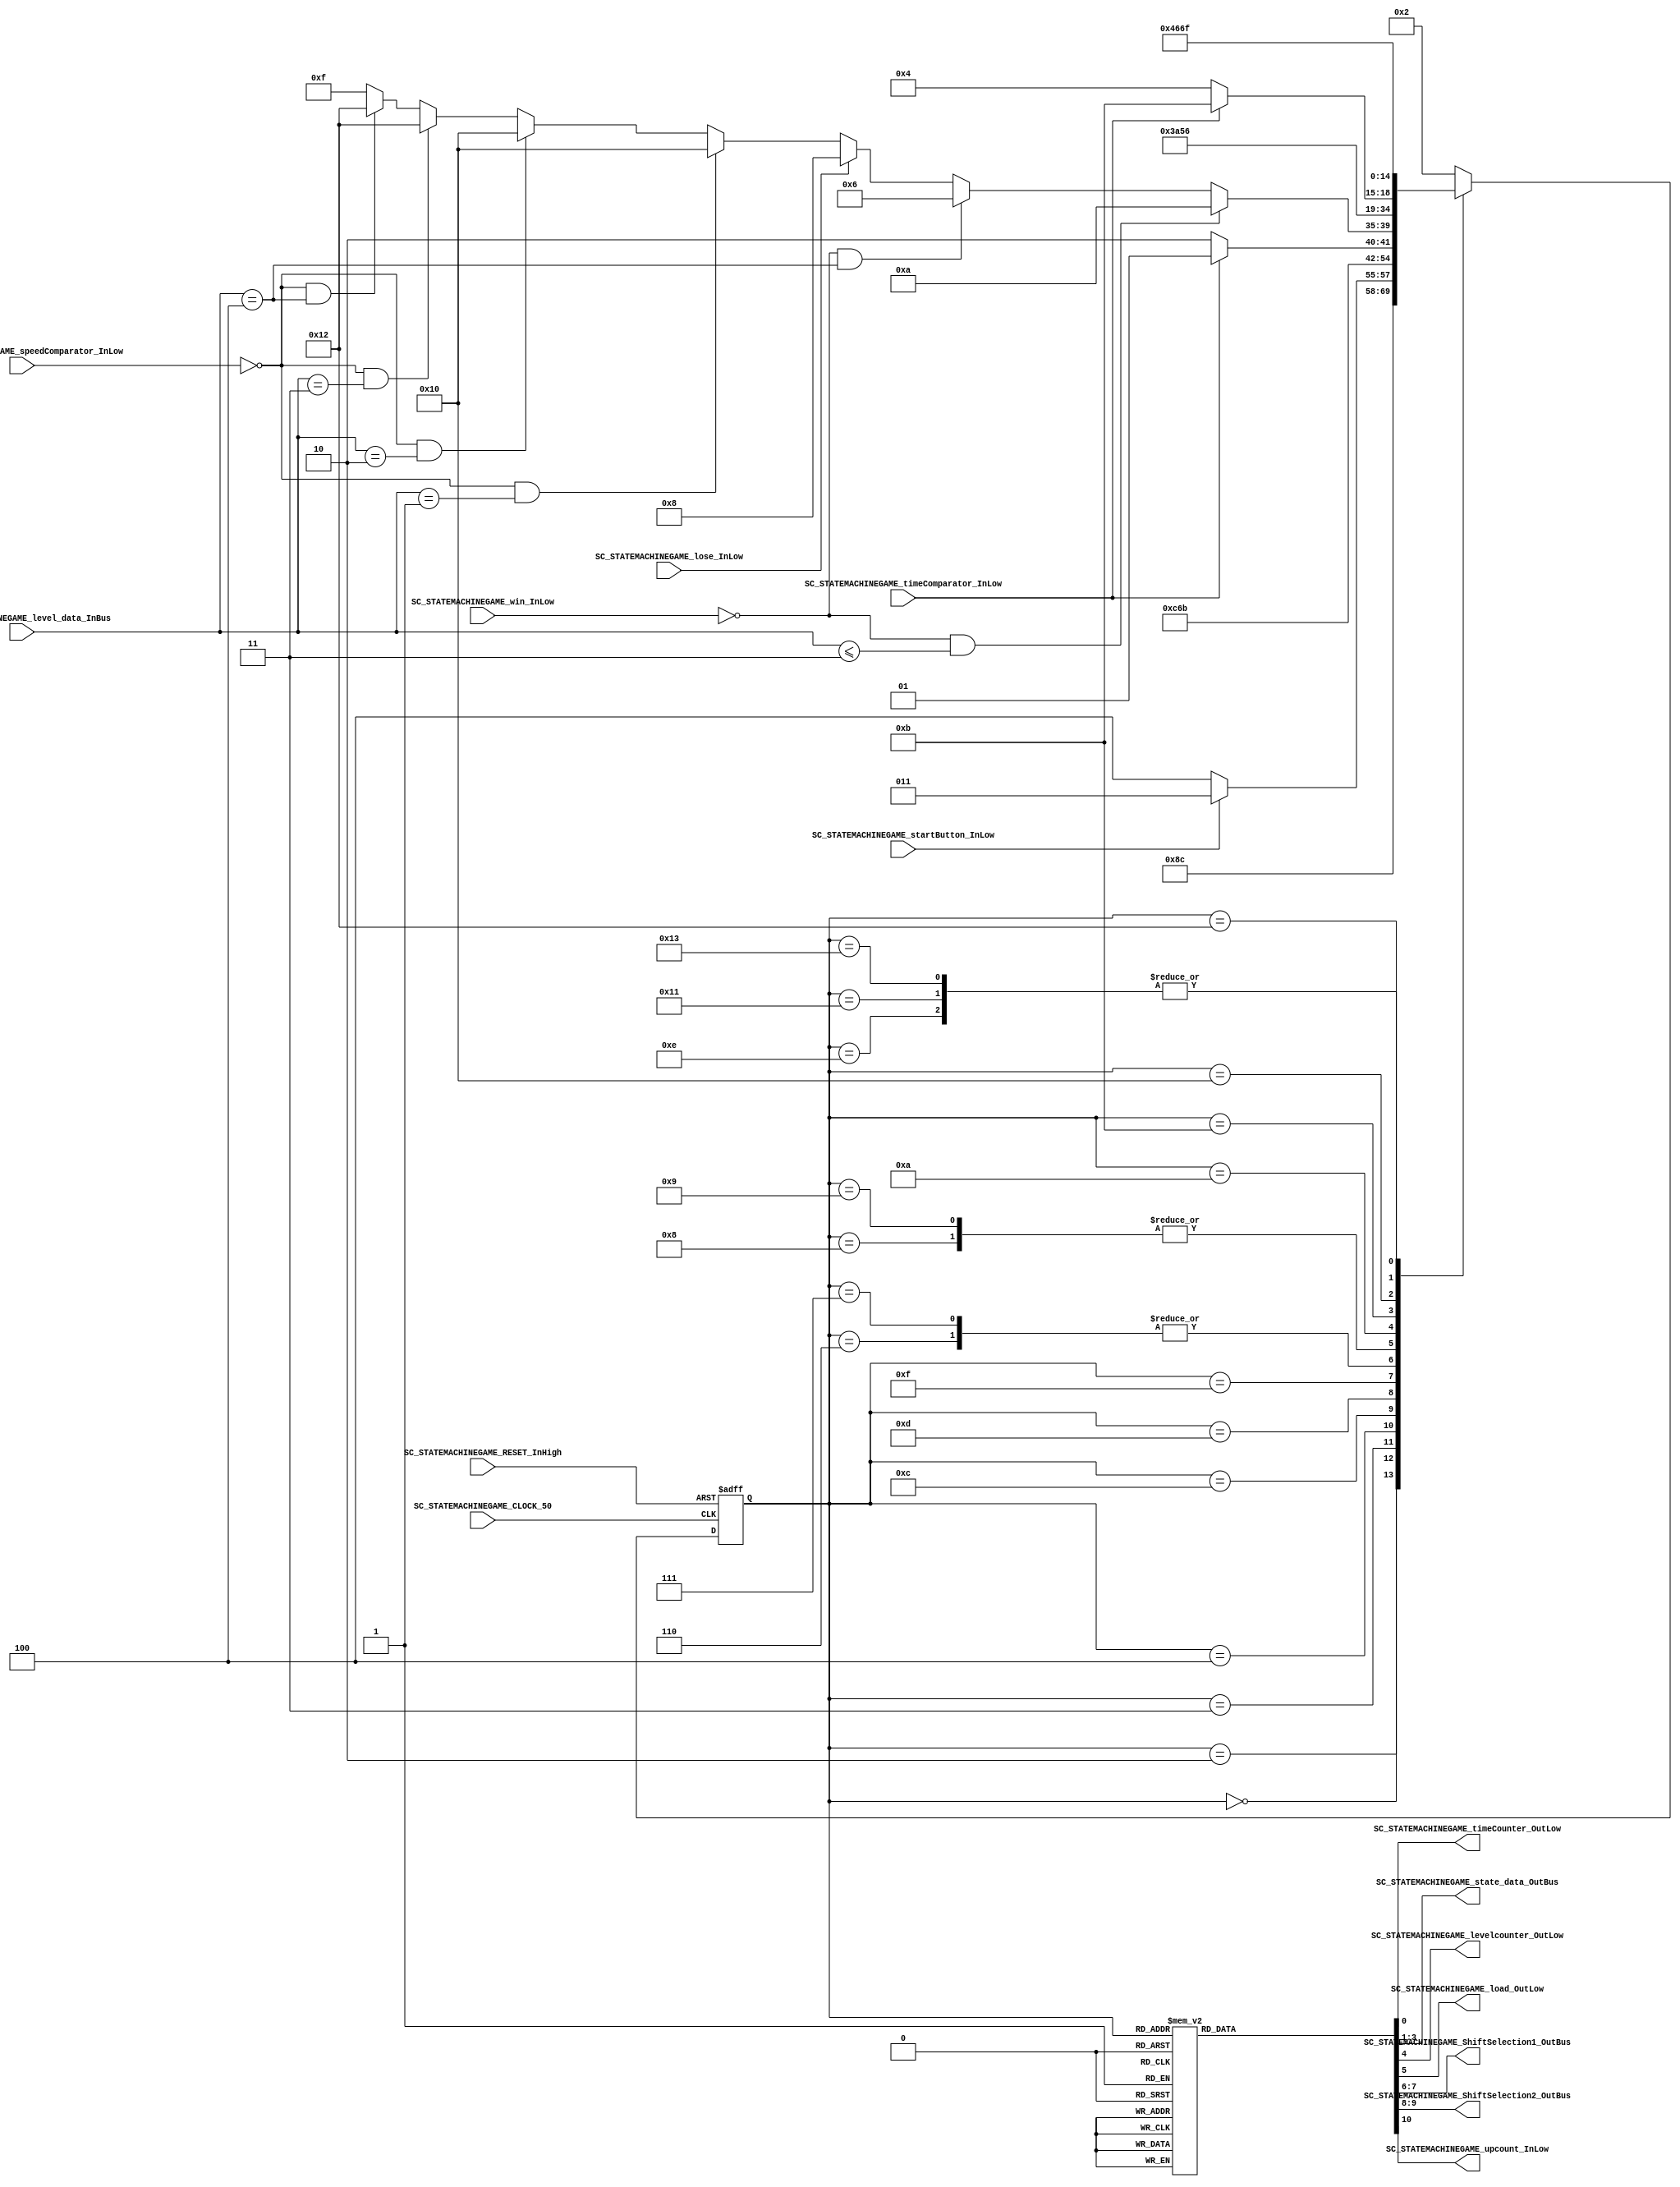
///*######################################################################
//#	G0B1T: HDL EXAMPLES. 2018.
//######################################################################
//# Copyright (C) 2018. F.E.Segura-Quijano (FES) fsegura@uniandes.edu.co
//# 
//# This program is free software: you can redistribute it and/or modify
//# it under the terms of the GNU General Public License as published by
//# the Free Software Foundation, version 3 of the License.
//#
//# This program is distributed in the hope that it will be useful,
//# but WITHOUT ANY WARRANTY; without even the implied warranty of
//# MERCHANTABILITY or FITNESS FOR A PARTICULAR PURPOSE.  See the
//# GNU General Public License for more details.
//#
//# You should have received a copy of the GNU General Public License
//# along with this program.  If not, see <http://www.gnu.org/licenses/>
//####################################################################*/
//=======================================================
//  MODULE Definition
//=======================================================
module SC_STATEMACHINEGAME (
////////////////// OUTPUTS //////////
		//TiempoDeImagenesEnpantalla
		SC_STATEMACHINEGAME_timeCounter_OutLow,
		//EstadoActual y Nivel
		SC_STATEMACHINEGAME_state_data_OutBus,
		SC_STATEMACHINEGAME_levelcounter_OutLow,
		//Hacer movimiento de los carros - There are two shifters one for left motion and other one for right motion
		SC_STATEMACHINEGAME_load_OutLow,
		SC_STATEMACHINEGAME_ShiftSelection1_OutBus,
		SC_STATEMACHINEGAME_ShiftSelection2_OutBus,
		//TiempoVelocidadCarros
		SC_STATEMACHINEGAME_upcount_InLow,
/////////////////// INPUTS //////////
		SC_STATEMACHINEGAME_CLOCK_50,
		SC_STATEMACHINEGAME_RESET_InHigh,
		//tiempo-figuras
		SC_STATEMACHINEGAME_timeComparator_InLow,
		//start para que quede fixed in the frogg-face
		SC_STATEMACHINEGAME_startButton_InLow,
		//Colisiones y verificar si lleno casas
		SC_STATEMACHINEGAME_win_InLow,
		SC_STATEMACHINEGAME_lose_InLow,
		//Niveles para establecer las figuras que debe cargar
		SC_STATEMACHINEGAME_level_data_InBus,
		//Shifter automtico - Cars Motion
		SC_STATEMACHINEGAME_speedComparator_InLow
);	
//=======================================================
//  PARAMETER declarations
//=======================================================
//Parameters
parameter DATAWIDTH_STATE_BUS = 3;
parameter DATAWIDTH_LEVEL_BUS = 3;
parameter DATAWIDTH_SHIFT = 2;

// states declaration
localparam STATE_RESET_0									= 0;
localparam STATE_START_0									= 1;
localparam STATE_CHECK_0									= 2;
localparam STATE_CHECK_1									= 3;
localparam STATE_INIT_0										= 4;
localparam STATE_INIT_1										= 5;
localparam STATE_WIN_0										= 6;
localparam STATE_WIN_1										= 7;
localparam STATE_LOSE_0										= 8;
localparam STATE_LOSE_1										= 9;
localparam STATE_PASS_0										= 10;
localparam STATE_PASS_1										= 11;
localparam STATE_NUMBER_0     	                  = 12;
localparam STATE_NUMBER_1                          = 13;
localparam STATE_PLAYING_0									= 14;
localparam STATE_PLAYING_1									= 15;
localparam STATE_SHIFTER_0									= 16;
localparam STATE_SHIFTER_1									= 17;
localparam STATE_DOUBLESHIFTER_0							= 18;
localparam STATE_DOUBLESHIFTER_1							= 19;


//=======================================================
//  PORT declarations
//=======================================================
output reg		SC_STATEMACHINEGAME_timeCounter_OutLow;
output reg		[DATAWIDTH_STATE_BUS-1:0]SC_STATEMACHINEGAME_state_data_OutBus;
output reg		SC_STATEMACHINEGAME_levelcounter_OutLow;
output reg		SC_STATEMACHINEGAME_load_OutLow;
output reg		[DATAWIDTH_SHIFT-1:0]SC_STATEMACHINEGAME_ShiftSelection1_OutBus;
output reg		[DATAWIDTH_SHIFT-1:0]SC_STATEMACHINEGAME_ShiftSelection2_OutBus;
output reg 		SC_STATEMACHINEGAME_upcount_InLow;
input				SC_STATEMACHINEGAME_startButton_InLow;
input				SC_STATEMACHINEGAME_CLOCK_50;
input 			SC_STATEMACHINEGAME_timeComparator_InLow;
input 			SC_STATEMACHINEGAME_RESET_InHigh;
input				SC_STATEMACHINEGAME_win_InLow;
input				SC_STATEMACHINEGAME_lose_InLow;
input 			[DATAWIDTH_LEVEL_BUS-1:0] SC_STATEMACHINEGAME_level_data_InBus;
input				SC_STATEMACHINEGAME_speedComparator_InLow;
//=======================================================
//  REG/WIRE declarations
//=======================================================
reg [4:0] STATE_Register;
reg [4:0] STATE_Signal;
//=======================================================
//  Structural coding
//=======================================================
//INPUT LOGIC: COMBINATIONAL
// NEXT STATE LOGIC : COMBINATIONAL
always @(*)
begin
	case (STATE_Register)
	
		STATE_RESET_0: STATE_Signal = STATE_START_0;
		STATE_START_0: STATE_Signal = STATE_CHECK_0;							
		STATE_CHECK_0: STATE_Signal = STATE_CHECK_1;
		STATE_CHECK_1: if (SC_STATEMACHINEGAME_startButton_InLow == 1'b0) STATE_Signal = STATE_INIT_0;
							else STATE_Signal = STATE_CHECK_1;
		STATE_INIT_0:	STATE_Signal = STATE_NUMBER_0;
		STATE_NUMBER_0: STATE_Signal = STATE_NUMBER_1;
		STATE_NUMBER_1: if(SC_STATEMACHINEGAME_timeComparator_InLow == 1'b0) STATE_Signal = STATE_PLAYING_0;
							 else STATE_Signal = STATE_NUMBER_1;
		STATE_PLAYING_0: STATE_Signal = STATE_PLAYING_1;
		STATE_PLAYING_1: if(SC_STATEMACHINEGAME_win_InLow == 1'b0 && SC_STATEMACHINEGAME_level_data_InBus <= 3'b011) STATE_Signal = STATE_PASS_0;
							  else if(SC_STATEMACHINEGAME_win_InLow == 1'b0 && SC_STATEMACHINEGAME_level_data_InBus == 3'b100) STATE_Signal = STATE_WIN_0;
							  else if(SC_STATEMACHINEGAME_lose_InLow == 1'b1) STATE_Signal = STATE_LOSE_0;
							  else if(SC_STATEMACHINEGAME_speedComparator_InLow == 1'b0 && SC_STATEMACHINEGAME_level_data_InBus == 3'b001) STATE_Signal = STATE_SHIFTER_0;
							  else if(SC_STATEMACHINEGAME_speedComparator_InLow == 1'b0 && SC_STATEMACHINEGAME_level_data_InBus == 3'b010) STATE_Signal = STATE_SHIFTER_0;
							  else if(SC_STATEMACHINEGAME_speedComparator_InLow == 1'b0 && SC_STATEMACHINEGAME_level_data_InBus == 3'b011) STATE_Signal = STATE_DOUBLESHIFTER_0;
							  else if(SC_STATEMACHINEGAME_speedComparator_InLow == 1'b0 && SC_STATEMACHINEGAME_level_data_InBus == 3'b100) STATE_Signal = STATE_DOUBLESHIFTER_0;
							  else STATE_Signal = STATE_PLAYING_1;
		STATE_WIN_0: STATE_Signal = STATE_WIN_1;
		STATE_WIN_1: STATE_Signal = STATE_WIN_1;
		STATE_LOSE_0: STATE_Signal = STATE_LOSE_1;
		STATE_LOSE_1: STATE_Signal = STATE_LOSE_1;
		STATE_PASS_0: STATE_Signal = STATE_PASS_1;
		STATE_PASS_1: if (SC_STATEMACHINEGAME_timeComparator_InLow == 1'b0) STATE_Signal = STATE_INIT_0;
						  else STATE_Signal = STATE_PASS_1;
		STATE_SHIFTER_0: STATE_Signal = STATE_SHIFTER_1;
		STATE_SHIFTER_1: STATE_Signal = STATE_PLAYING_1;
		STATE_DOUBLESHIFTER_0: STATE_Signal = STATE_DOUBLESHIFTER_1;
		STATE_DOUBLESHIFTER_1: STATE_Signal = STATE_PLAYING_1; 
							
		default : 		STATE_Signal = STATE_CHECK_0;
	endcase
end
// STATE REGISTER : SEQUENTIAL
always @ ( posedge SC_STATEMACHINEGAME_CLOCK_50 , posedge SC_STATEMACHINEGAME_RESET_InHigh)
begin
	if (SC_STATEMACHINEGAME_RESET_InHigh == 1'b1)
		STATE_Register <= STATE_RESET_0;
	else
		STATE_Register <= STATE_Signal;
end
//=======================================================
//  Outputs
//=======================================================
// OUTPUT LOGIC : COMBINATIONAL
always @ (*)
begin
	case (STATE_Register)
//=========================================================
// STATE_RESET
//=========================================================
	STATE_RESET_0 :	
		begin
			SC_STATEMACHINEGAME_timeCounter_OutLow = 1'b1;
			SC_STATEMACHINEGAME_state_data_OutBus = 3'b000;
			SC_STATEMACHINEGAME_levelcounter_OutLow = 1'b1;
			SC_STATEMACHINEGAME_load_OutLow = 1'b1;
			SC_STATEMACHINEGAME_ShiftSelection1_OutBus = 2'b00;
			SC_STATEMACHINEGAME_ShiftSelection2_OutBus = 2'b00;
			SC_STATEMACHINEGAME_upcount_InLow = 1'b1;
		end
//=========================================================
// STATE_START
//=========================================================
	STATE_START_0 :	
		begin
			SC_STATEMACHINEGAME_timeCounter_OutLow = 1'b1;
			SC_STATEMACHINEGAME_state_data_OutBus = 3'b000;
			SC_STATEMACHINEGAME_levelcounter_OutLow = 1'b1;
			SC_STATEMACHINEGAME_load_OutLow = 1'b1;
			SC_STATEMACHINEGAME_ShiftSelection1_OutBus = 2'b00;
			SC_STATEMACHINEGAME_ShiftSelection2_OutBus = 2'b00;
			SC_STATEMACHINEGAME_upcount_InLow = 1'b1;
		end
//=========================================================
// STATE_CHECK_0
//=========================================================
//Se carga la cara de la Rana -----------------------------
	STATE_CHECK_0 :	
		begin
			SC_STATEMACHINEGAME_timeCounter_OutLow = 1'b1;
			SC_STATEMACHINEGAME_state_data_OutBus = 3'b001;
			SC_STATEMACHINEGAME_levelcounter_OutLow = 1'b1;
			SC_STATEMACHINEGAME_load_OutLow = 1'b0;
			SC_STATEMACHINEGAME_ShiftSelection1_OutBus = 2'b00;
			SC_STATEMACHINEGAME_ShiftSelection2_OutBus = 2'b00;
			SC_STATEMACHINEGAME_upcount_InLow = 1'b1;
		end
//=========================================================
// STATE_CHECK_1
//=========================================================
//Se queda en bucle en la cara de rana hasta dar start ----
	STATE_CHECK_1 :	
		begin
			SC_STATEMACHINEGAME_timeCounter_OutLow = 1'b1;
			SC_STATEMACHINEGAME_state_data_OutBus = 3'b001;
			SC_STATEMACHINEGAME_levelcounter_OutLow = 1'b1;
			SC_STATEMACHINEGAME_load_OutLow = 1'b1;
			SC_STATEMACHINEGAME_ShiftSelection1_OutBus = 2'b00;
			SC_STATEMACHINEGAME_ShiftSelection2_OutBus = 2'b00;
			SC_STATEMACHINEGAME_upcount_InLow = 1'b1;
		end
//=========================================================
// STATE_INIT_0
//=========================================================
//------- Estado Inicio -----------------------------------
//------- Reincia el contador -----------------------------
	STATE_INIT_0 :	
		begin
			SC_STATEMACHINEGAME_timeCounter_OutLow = 1'b1;
			SC_STATEMACHINEGAME_state_data_OutBus = 3'b001;
			SC_STATEMACHINEGAME_levelcounter_OutLow = 1'b0;
			SC_STATEMACHINEGAME_load_OutLow = 1'b1;
			SC_STATEMACHINEGAME_ShiftSelection1_OutBus = 2'b00;
			SC_STATEMACHINEGAME_ShiftSelection2_OutBus = 2'b00;
			SC_STATEMACHINEGAME_upcount_InLow = 1'b1;
		end	
//=========================================================
// STATE_INIT_1
//=========================================================
	STATE_INIT_1 :	
		begin
			SC_STATEMACHINEGAME_timeCounter_OutLow = 1'b1;
			SC_STATEMACHINEGAME_state_data_OutBus = 3'b000;
			SC_STATEMACHINEGAME_levelcounter_OutLow = 1'b1;
			SC_STATEMACHINEGAME_load_OutLow = 1'b1;
			SC_STATEMACHINEGAME_ShiftSelection1_OutBus = 2'b00;
			SC_STATEMACHINEGAME_ShiftSelection2_OutBus = 2'b00;
			SC_STATEMACHINEGAME_upcount_InLow = 1'b1;
		end
//=========================================================
// STATE_WIN_0
//=========================================================
//---- Se carga la imagen del trofeo-----------------------
	STATE_WIN_0 :	
		begin
			SC_STATEMACHINEGAME_timeCounter_OutLow = 1'b1;
			SC_STATEMACHINEGAME_state_data_OutBus = 3'b010;
			SC_STATEMACHINEGAME_levelcounter_OutLow = 1'b1;
			SC_STATEMACHINEGAME_load_OutLow = 1'b0;
			SC_STATEMACHINEGAME_ShiftSelection1_OutBus = 2'b00;
			SC_STATEMACHINEGAME_ShiftSelection2_OutBus = 2'b00;
			SC_STATEMACHINEGAME_upcount_InLow = 1'b1;
		end
//=========================================================
// STATE_WIN_1
//=========================================================
//----- Se queda en el bucle del trofeo hasta reset -------
	STATE_WIN_1 :	
		begin
			SC_STATEMACHINEGAME_timeCounter_OutLow = 1'b1;
			SC_STATEMACHINEGAME_state_data_OutBus = 3'b010;
			SC_STATEMACHINEGAME_levelcounter_OutLow = 1'b1;
			SC_STATEMACHINEGAME_load_OutLow = 1'b1;
			SC_STATEMACHINEGAME_ShiftSelection1_OutBus = 2'b00;
			SC_STATEMACHINEGAME_ShiftSelection2_OutBus = 2'b00;
			SC_STATEMACHINEGAME_upcount_InLow = 1'b1;
		end
//=========================================================
// STATE_LOSE_0
//=========================================================
//------ Se carga la imagen de perdida --------------------
	STATE_LOSE_0 :	
		begin
			SC_STATEMACHINEGAME_timeCounter_OutLow = 1'b1;
			SC_STATEMACHINEGAME_state_data_OutBus = 3'b011;
			SC_STATEMACHINEGAME_levelcounter_OutLow = 1'b1;
			SC_STATEMACHINEGAME_load_OutLow = 1'b0;
			SC_STATEMACHINEGAME_ShiftSelection1_OutBus = 2'b00;
			SC_STATEMACHINEGAME_ShiftSelection2_OutBus = 2'b00;
			SC_STATEMACHINEGAME_upcount_InLow = 1'b1;
		end
//=========================================================
// STATE_LOSE_1
//=========================================================
//-------- Se queda en bucle de lose hasta reset ----------
	STATE_LOSE_1 :	
		begin
			SC_STATEMACHINEGAME_timeCounter_OutLow = 1'b1;
			SC_STATEMACHINEGAME_state_data_OutBus = 3'b011;
			SC_STATEMACHINEGAME_levelcounter_OutLow = 1'b1;
			SC_STATEMACHINEGAME_load_OutLow = 1'b1;
			SC_STATEMACHINEGAME_ShiftSelection1_OutBus = 2'b00;
			SC_STATEMACHINEGAME_ShiftSelection2_OutBus = 2'b00;
			SC_STATEMACHINEGAME_upcount_InLow = 1'b1;
		end
//=========================================================
// STATE_PASS_0
//=========================================================
//--------- Carga la imagen de check ----------------------
	STATE_PASS_0 :	
		begin
			SC_STATEMACHINEGAME_timeCounter_OutLow = 1'b1;
			SC_STATEMACHINEGAME_state_data_OutBus = 3'b101;
			SC_STATEMACHINEGAME_levelcounter_OutLow = 1'b1;
			SC_STATEMACHINEGAME_load_OutLow = 1'b0;
			SC_STATEMACHINEGAME_ShiftSelection1_OutBus = 2'b00;
			SC_STATEMACHINEGAME_ShiftSelection2_OutBus = 2'b00;
			SC_STATEMACHINEGAME_upcount_InLow = 1'b1;
		end
//==============================================================
// STATE_PASS_1
//==============================================================
//---- Bucle de check hasta que el time counter muestre 0 -------
//---- Se inicia el contador -------------------------------------
	STATE_PASS_1 :	
		begin
			SC_STATEMACHINEGAME_timeCounter_OutLow = 1'b0;
			SC_STATEMACHINEGAME_state_data_OutBus = 3'b101;
			SC_STATEMACHINEGAME_levelcounter_OutLow = 1'b1;
			SC_STATEMACHINEGAME_load_OutLow = 1'b1;
			SC_STATEMACHINEGAME_ShiftSelection1_OutBus = 2'b00;
			SC_STATEMACHINEGAME_ShiftSelection2_OutBus = 2'b00;
			SC_STATEMACHINEGAME_upcount_InLow = 1'b1;
		end
//==============================================================
// STATE_NUMBER_0
//==============================================================
//---- Carga el nmero -----------------------------------------
	STATE_NUMBER_0 :	
		begin
			SC_STATEMACHINEGAME_timeCounter_OutLow = 1'b1;
			SC_STATEMACHINEGAME_state_data_OutBus = 3'b110;
			SC_STATEMACHINEGAME_levelcounter_OutLow = 1'b1;
			SC_STATEMACHINEGAME_load_OutLow = 1'b0;
			SC_STATEMACHINEGAME_ShiftSelection1_OutBus = 2'b00;
			SC_STATEMACHINEGAME_ShiftSelection2_OutBus = 2'b00;
			SC_STATEMACHINEGAME_upcount_InLow = 1'b1;
		end
//==============================================================
// STATE_NUMBER_1
//==============================================================
//---- Bucle del nmero hasta que el time counter muestre 0 ----
//---- Se enciende el contador ---------------------------------
	STATE_NUMBER_1 :	
		begin
			SC_STATEMACHINEGAME_timeCounter_OutLow = 1'b0;
			SC_STATEMACHINEGAME_state_data_OutBus = 3'b110;
			SC_STATEMACHINEGAME_levelcounter_OutLow = 1'b1;
			SC_STATEMACHINEGAME_load_OutLow = 1'b1;
			SC_STATEMACHINEGAME_ShiftSelection1_OutBus = 2'b00;
			SC_STATEMACHINEGAME_ShiftSelection2_OutBus = 2'b00;
			SC_STATEMACHINEGAME_upcount_InLow = 1'b1;
		end
//==============================================================
// STATE_PLAYING_0
//==============================================================
//---- Se cargan los carros del nivel --------------------------
	STATE_PLAYING_0 :	
		begin
			SC_STATEMACHINEGAME_timeCounter_OutLow = 1'b1;
			SC_STATEMACHINEGAME_state_data_OutBus = 3'b100;
			SC_STATEMACHINEGAME_levelcounter_OutLow = 1'b1;
			SC_STATEMACHINEGAME_load_OutLow = 1'b0;
			SC_STATEMACHINEGAME_ShiftSelection1_OutBus = 2'b00;
			SC_STATEMACHINEGAME_ShiftSelection2_OutBus = 2'b00;
			SC_STATEMACHINEGAME_upcount_InLow = 1'b1;
		end
//==============================================================
// STATE_PLAYING_1
//==============================================================
//---- Bucle de juego - Sino hay lose o win regresa a playing --
//---- Inicia el contador automatico del shifter ---------------
	STATE_PLAYING_1 :	
		begin
			SC_STATEMACHINEGAME_timeCounter_OutLow = 1'b1;
			SC_STATEMACHINEGAME_state_data_OutBus = 3'b100;
			SC_STATEMACHINEGAME_levelcounter_OutLow = 1'b1;
			SC_STATEMACHINEGAME_load_OutLow = 1'b1;
			SC_STATEMACHINEGAME_ShiftSelection1_OutBus = 2'b00;
			SC_STATEMACHINEGAME_ShiftSelection2_OutBus = 2'b00;
			SC_STATEMACHINEGAME_upcount_InLow = 1'b0;
		end
//==============================================================
// STATE_SHIFTER_0
//==============================================================
//---- El  contado del shifter muestra 0 - movimiento automatico --
	STATE_SHIFTER_0 :	
		begin
			SC_STATEMACHINEGAME_timeCounter_OutLow = 1'b1;
			SC_STATEMACHINEGAME_state_data_OutBus = 3'b100;
			SC_STATEMACHINEGAME_levelcounter_OutLow = 1'b1;
			SC_STATEMACHINEGAME_load_OutLow = 1'b1;
			SC_STATEMACHINEGAME_ShiftSelection1_OutBus = 2'b10;
			SC_STATEMACHINEGAME_ShiftSelection2_OutBus = 2'b10;
			SC_STATEMACHINEGAME_upcount_InLow = 1'b0;
		end
//==============================================================
// STATE_SHIFTER_1
//==============================================================
//---- El  contado del shifter muestra 0 - movimiento automatico --
	STATE_SHIFTER_1 :	
		begin
			SC_STATEMACHINEGAME_timeCounter_OutLow = 1'b1;
			SC_STATEMACHINEGAME_state_data_OutBus = 3'b100;
			SC_STATEMACHINEGAME_levelcounter_OutLow = 1'b1;
			SC_STATEMACHINEGAME_load_OutLow = 1'b1;
			SC_STATEMACHINEGAME_ShiftSelection1_OutBus = 2'b00;
			SC_STATEMACHINEGAME_ShiftSelection2_OutBus = 2'b00;
			SC_STATEMACHINEGAME_upcount_InLow = 1'b1;
		end
//==============================================================
// STATE_DOUBLESHIFTER_0
//==============================================================
//---- El  contado del shifter muestra 0 - movimiento automatico --
	STATE_DOUBLESHIFTER_0 :	
		begin
			SC_STATEMACHINEGAME_timeCounter_OutLow = 1'b1;
			SC_STATEMACHINEGAME_state_data_OutBus = 3'b100;
			SC_STATEMACHINEGAME_levelcounter_OutLow = 1'b1;
			SC_STATEMACHINEGAME_load_OutLow = 1'b1;
			SC_STATEMACHINEGAME_ShiftSelection1_OutBus = 2'b10;
			SC_STATEMACHINEGAME_ShiftSelection2_OutBus = 2'b01;
			SC_STATEMACHINEGAME_upcount_InLow = 1'b0;
		end
//==============================================================
// STATE_DOUBLESHIFTER_1
//==============================================================
//---- El  contado del shifter muestra 0 - movimiento automatico --
	STATE_DOUBLESHIFTER_1 :	
		begin
			SC_STATEMACHINEGAME_timeCounter_OutLow = 1'b1;
			SC_STATEMACHINEGAME_state_data_OutBus = 3'b100;
			SC_STATEMACHINEGAME_levelcounter_OutLow = 1'b1;
			SC_STATEMACHINEGAME_load_OutLow = 1'b1;
			SC_STATEMACHINEGAME_ShiftSelection1_OutBus = 2'b00;
			SC_STATEMACHINEGAME_ShiftSelection2_OutBus = 2'b00;
			SC_STATEMACHINEGAME_upcount_InLow = 1'b1;
		end
//=========================================================
// DEFAULT
//=========================================================
	default :
		begin
			SC_STATEMACHINEGAME_timeCounter_OutLow = 1'b1;
			SC_STATEMACHINEGAME_state_data_OutBus = 3'b000;
			SC_STATEMACHINEGAME_levelcounter_OutLow = 1'b1;
			SC_STATEMACHINEGAME_load_OutLow = 1'b1;
			SC_STATEMACHINEGAME_ShiftSelection1_OutBus = 2'b00;
			SC_STATEMACHINEGAME_ShiftSelection2_OutBus = 2'b00;
			SC_STATEMACHINEGAME_upcount_InLow = 1'b1;
		end
	endcase
end
endmodule